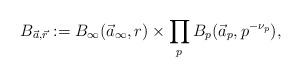
LaTeX: \begin{align*}B_{\vec{a},\vec{r}}:=B_{\infty}(\vec{a}_{\infty},r)\times \prod_{p}B_p(\vec{a}_p,p^{-\nu_p}),\end{align*}